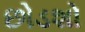
છોડશો